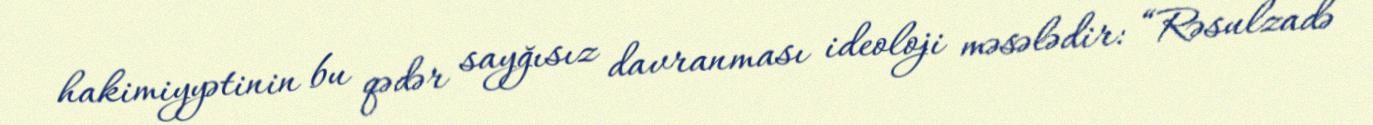
hakimiyyətinin bu qədər sayğısız davranması ideoloji məsələdir: “Rəsulzadə